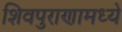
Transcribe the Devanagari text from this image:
शिवपुराणामध्ये